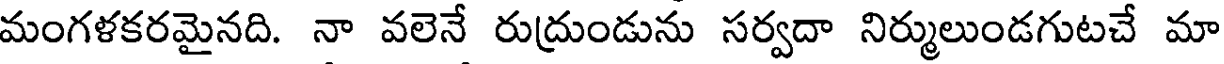
మంగళకరమైనది. నా వలెనే రుద్రుండును సర్వదా నిర్ములుండగుటచే మా